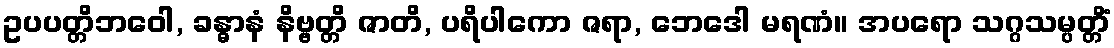
ဥပပတ္တိဘဝေါ, ခန္ဓာနံ နိဗ္ဗတ္တိ ဇာတိ, ပရိပါကော ဇရာ, ဘေဒေါ မရဏံ။ အပရော သဂ္ဂသမ္ပတ္တိံ